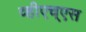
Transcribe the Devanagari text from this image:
व्हीएच्‌एस